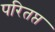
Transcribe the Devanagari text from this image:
परितप्त